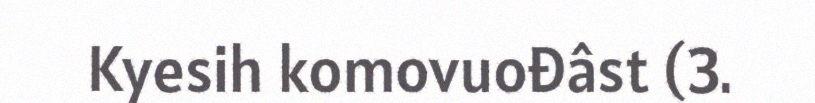
Kyesih komovuođâst (3.